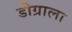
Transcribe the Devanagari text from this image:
डोग्राला